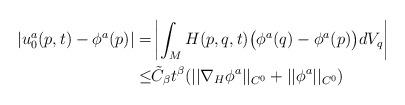
LaTeX: \begin{align*}| u^a_0 (p, t) -\phi^a (p) | = & \left| \int_M H(p, q, t) \big( \phi^a (q) - \phi^a (p) \big) dV_q \right| \\\leq& \tilde{C}_\beta t^\beta ( || \nabla_H \phi^a ||_{C^0} + || \phi^a ||_{C^0} ) \end{align*}